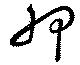
胛